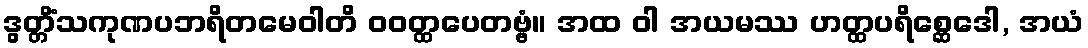
ဒွတ္တိံသကုဏပဘရိတမေဝါတိ ဝဝတ္ထပေတဗ္ဗံ။ အထ ဝါ အယမဿ ဟတ္ထပရိစ္ဆေဒေါ, အယံ